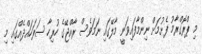
މި ޕްރޮގްރާމު ފެށުމަށް ނިންމާފައިވަނީ މާލޭގައި ނަމަވެސް ރާއްޖޭގެ ހުރިހާ ސަރަހައްދެއްގައި މި